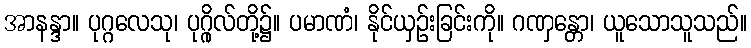
အာနန္ဒာ။ ပုဂ္ဂလေသု၊ ပုဂ္ဂိုလ်တို့၌။ ပမာဏံ၊ နိုင်ယှဉ်းခြင်းကို။ ဂဏှန္တော၊ ယူသောသူသည်။